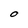
Character: O